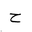
Letter: _ha